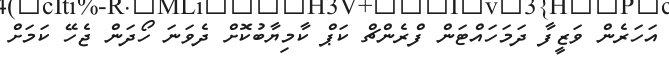
އަހަރެން ވަޒީފާ ދަމަހައްޓަން ފްރެންޗް ކަޕް ކާމިޔާބުކޮށް ދެވަނަ ހޯދަން ޖެހޭ ކަމަށް